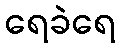
ရေခဲရေ